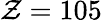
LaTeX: \mathcal{Z}=105